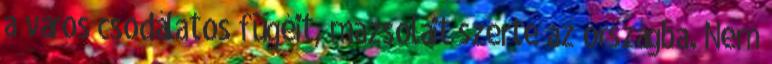
a város csodálatos fügéit, mazsoláit szerte az országba. Nem